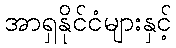
အာရှနိုင်ငံများနှင့်